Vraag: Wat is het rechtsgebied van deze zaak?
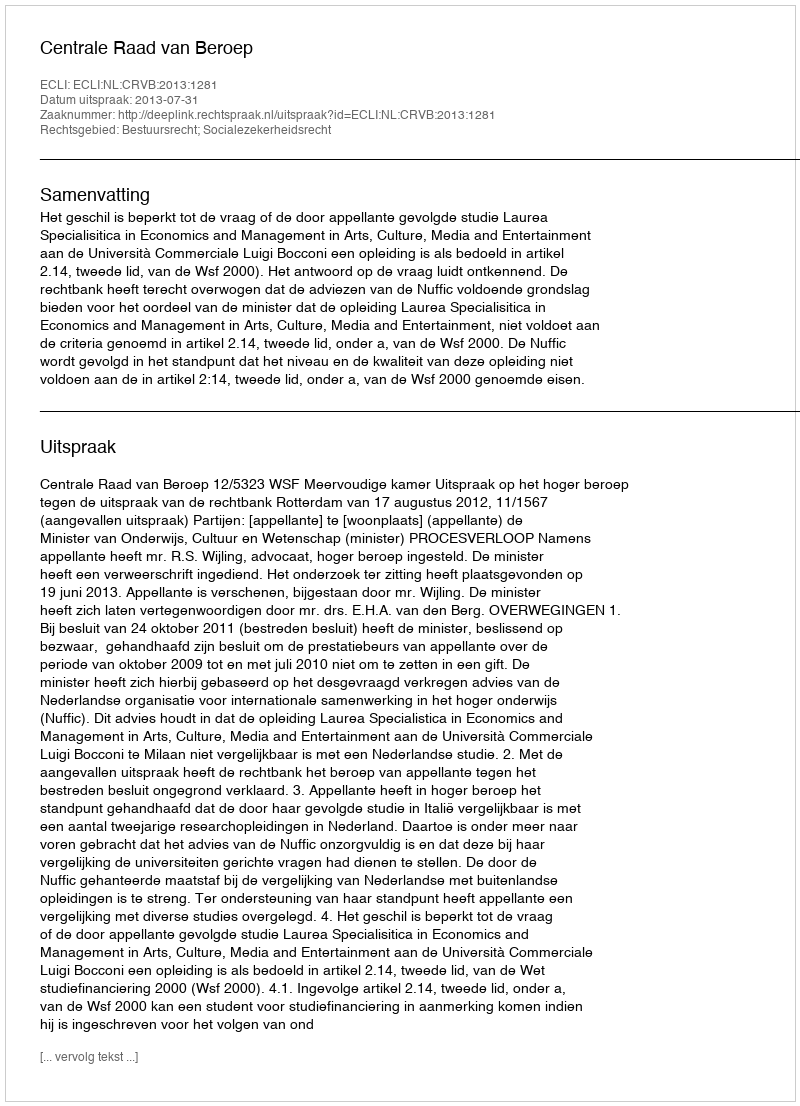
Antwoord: Bestuursrecht; Socialezekerheidsrecht